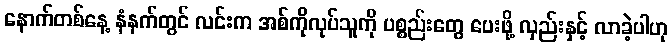
နောက်တစ်နေ့ နံနက်တွင် လင်းက အစ်ကိုလုပ်သူကို ပစ္စည်းတွေ ပေးဖို့ လှည်းနှင့် လာခဲ့ပါဟု